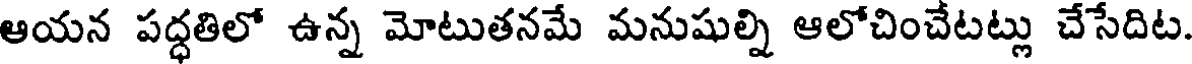
ఆయన పద్ధతిలో ఉన్న మోటుతనమే మనుషుల్ని ఆలోచించేటట్లు చేసేదిట.